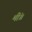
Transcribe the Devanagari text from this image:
मीं॥